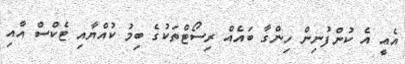
އެއީ އެ ކުންފުނިން ހިންގާ ބައެއް ރިސޯޓްތަކުގެ ބިމު ކުއްޔާއި ޓެކްސް އާއި